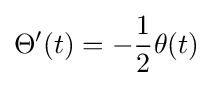
\Theta ^{\prime }(t)=-{\frac {1}{2}}\theta (t)